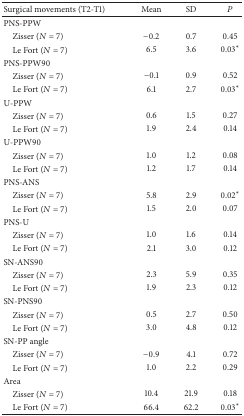
| Surgical movements (T2-T1) | Mean | SD | P |
 | --- | --- | --- | --- |
 | PNS-PPW |  |  |  |
 | Zisser (N = 7) | −0.2 | 0.7 | 0.45 |
 | Le Fort (N = 7) | 6.5 | 3.6 | 0.03* |
 | PNS-PPW90 |  |  |  |
 | Zisser (N = 7) | −0.1 | 0.9 | 0.52 |
 | Le Fort (N = 7) | 6.1 | 2.7 | 0.03* |
 | U-PPW |  |  |  |
 | Zisser (N = 7) | 0.6 | 1.5 | 0.27 |
 | Le Fort (N = 7) | 1.9 | 2.4 | 0.14 |
 | U-PPW90 |  |  |  |
 | Zisser (N = 7) | 1.0 | 1.2 | 0.08 |
 | Le Fort (N = 7) | 1.2 | 1.7 | 0.14 |
 | PNS-ANS |  |  |  |
 | Zisser (N = 7) | 5.8 | 2.9 | 0.02* |
 | Le Fort (N = 7) | 1.5 | 2.0 | 0.07 |
 | PNS-U |  |  |  |
 | Zisser (N = 7) | 1.0 | 1.6 | 0.14 |
 | Le Fort (N = 7) | 2.1 | 3.0 | 0.12 |
 | SN-ANS90 |  |  |  |
 | Zisser (N = 7) | 2.3 | 5.9 | 0.35 |
 | Le Fort (N = 7) | 1.9 | 2.3 | 0.12 |
 | SN-PNS90 |  |  |  |
 | Zisser (N = 7) | 0.5 | 2.7 | 0.50 |
 | Le Fort (N = 7) | 3.0 | 4.8 | 0.12 |
 | SN-PP angle |  |  |  |
 | Zisser (N = 7) | −0.9 | 4.1 | 0.72 |
 | Le Fort (N = 7) | 1.0 | 2.2 | 0.29 |
 | Area |  |  |  |
 | Zisser (N = 7) | 10.4 | 21.9 | 0.18 |
 | Le Fort (N = 7) | 66.4 | 62.2 | 0.03* |